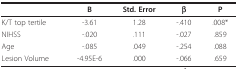
<table><thead><tr><td></td><td><b>B</b></td><td><b>Std. Error</b></td><td><b>β</b></td><td><b>P</b></td></tr></thead><tbody><tr><td>K/T top tertile</td><td>-3.61</td><td>1.28</td><td>-.410</td><td>.008*</td></tr><tr><td>NIHSS</td><td>-.020</td><td>.111</td><td>-.027</td><td>.859</td></tr><tr><td>Age</td><td>-.085</td><td>.049</td><td>-.254</td><td>.088</td></tr><tr><td>Lesion Volume</td><td>-4.95E-6</td><td>.000</td><td>-.066</td><td>.659</td></tr></tbody></table>